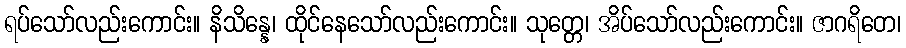
ရပ်သော်လည်းကောင်း။ နိသိန္နေ၊ ထိုင်နေသော်လည်းကောင်း။ သုတ္တေ၊ အိပ်သော်လည်းကောင်း။ ဇာဂရိတေ၊